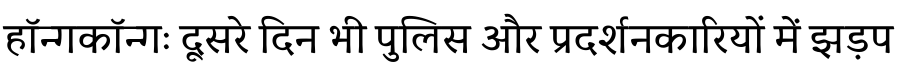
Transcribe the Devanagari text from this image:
हॉन्गकॉन्गः दूसरे दिन भी पुलिस और प्रदर्शनकारियों में झड़प